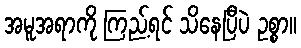
အမူအရာကို ကြည့်ရင် သိနေပြီပဲ ဥစ္စာ။